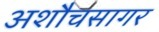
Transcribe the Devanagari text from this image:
अशौचसागर